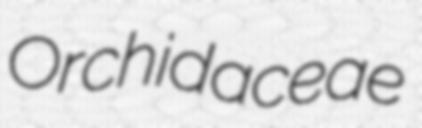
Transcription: Orchidaceae